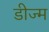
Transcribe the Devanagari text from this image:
डीज्म